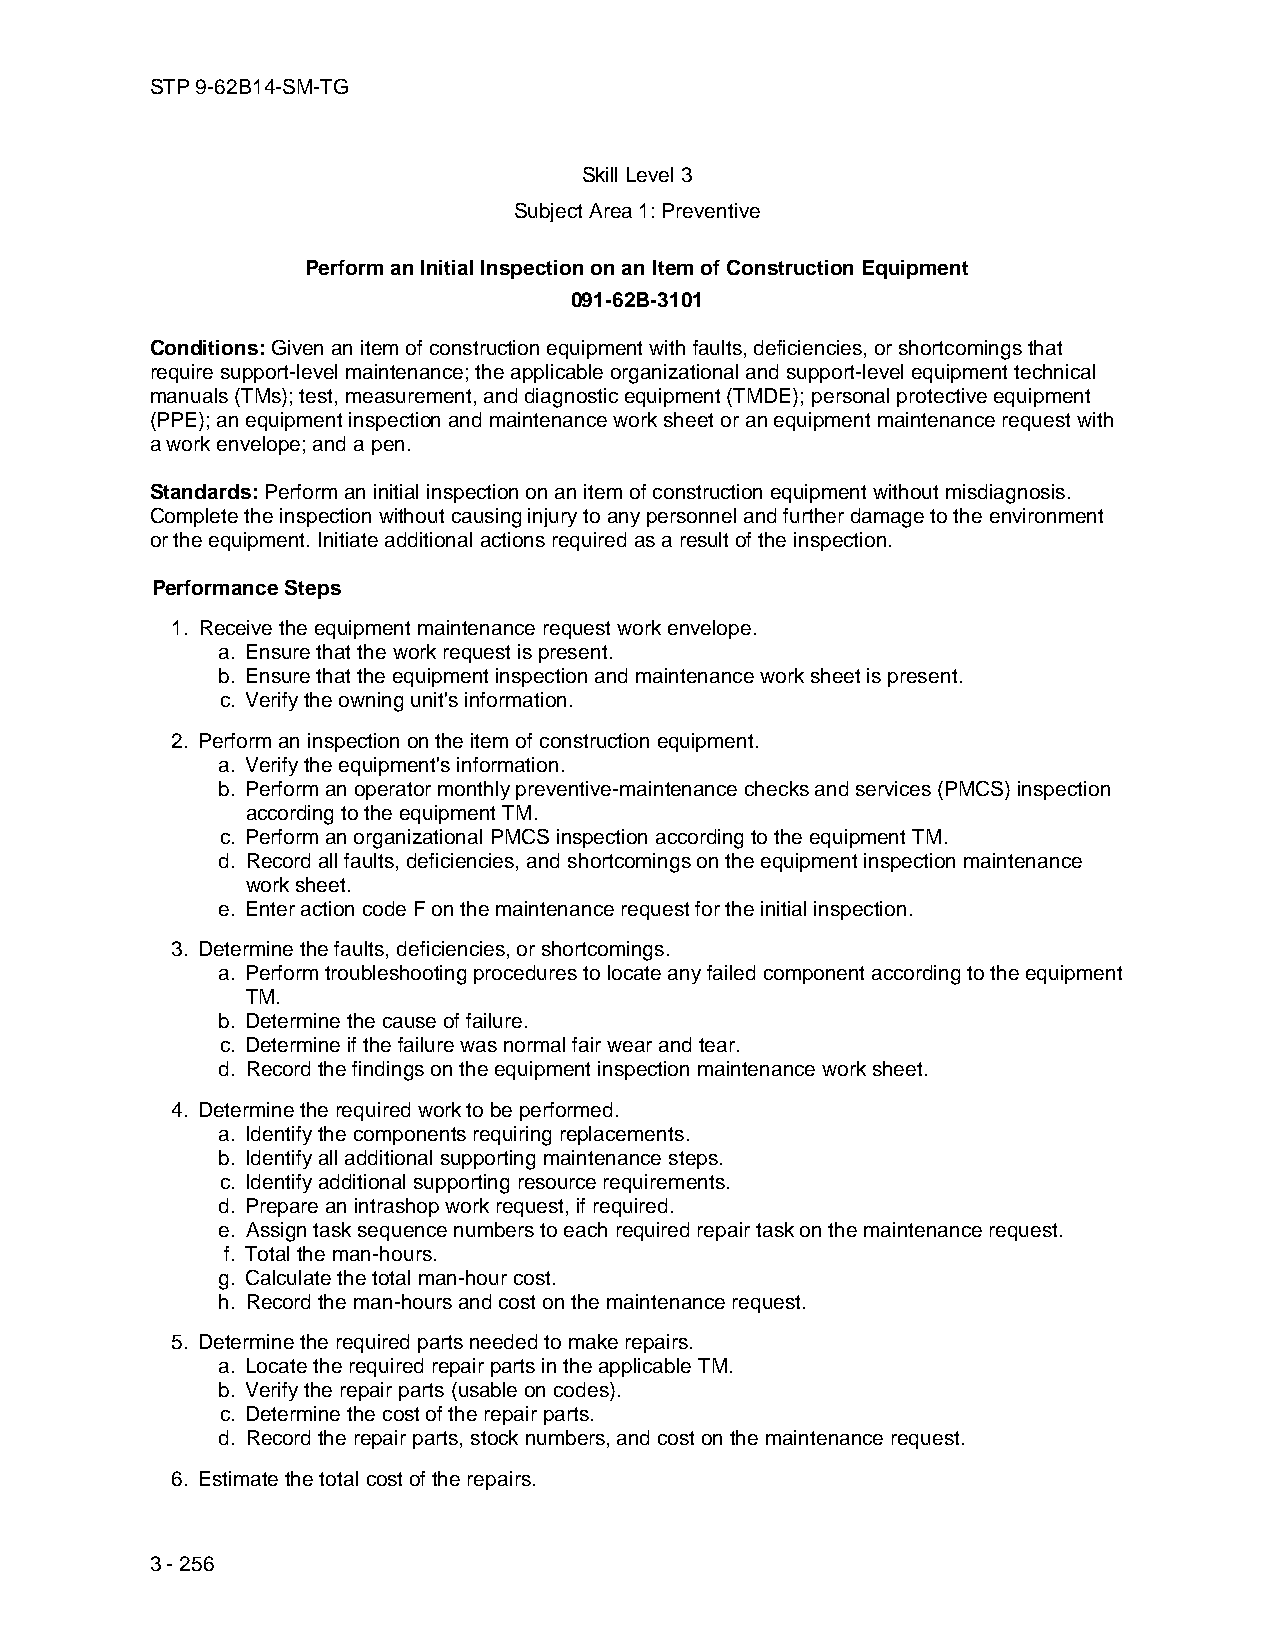
STP 9-62B14-SM-TG
 Skill Level 3
 Subject Area 1: Preventive
 Perform an Initial Inspection on an Item of Construction Equipment
 091-62B-3101
 Conditions: Given an item of construction equipment with faults, deficiencies, or shortcomings that
 require support-level maintenance; the applicable organizational and support-level equipment technical
 manuals (TMs); test, measurement, and diagnostic equipment (TMDE); personal protective equipment
 (PPE); an equipment inspection and maintenance work sheet or an equipment maintenance request with
 a work envelope; and a pen.
 Standards: Perform an initial inspection on an item of construction equipment without misdiagnosis.
 Complete the inspection without causing injury to any personnel and further damage to the environment
 or the equipment. Initiate additional actions required as a result of the inspection.
 Performance Steps
 1. Receive the equipment maintenance request work envelope.
 a. Ensure that the work request is present.
 b. Ensure that the equipment inspection and maintenance work sheet is present.
 c. Verify the owning unit's information.
 2. Perform an inspection on the item of construction equipment.
 a. Verify the equipment's information.
 b. Perform an operator monthly preventive-maintenance checks and services (PMCS) inspection
 according to the equipment TM.
 c. Perform an organizational PMCS inspection according to the equipment TM.
 d. Record all faults, deficiencies, and shortcomings on the equipment inspection maintenance
 work sheet.
 e. Enter action code F on the maintenance request for the initial inspection.
 3. Determine the faults, deficiencies, or shortcomings.
 a. Perform troubleshooting procedures to locate any failed component according to the equipment
 TM.
 b. Determine the cause of failure.
 c. Determine if the failure was normal fair wear and tear.
 d. Record the findings on the equipment inspection maintenance work sheet.
 4. Determine the required work to be performed.
 a. Identify the components requiring replacements.
 b. Identify all additional supporting maintenance steps.
 c. Identify additional supporting resource requirements.
 d. Prepare an intrashop work request, if required.
 e. Assign task sequence numbers to each required repair task on the maintenance request.
 f. Total the man-hours.
 g. Calculate the total man-hour cost.
 h. Record the man-hours and cost on the maintenance request.
 5. Determine the required parts needed to make repairs.
 a. Locate the required repair parts in the applicable TM.
 b. Verify the repair parts (usable on codes).
 c. Determine the cost of the repair parts.
 d. Record the repair parts, stock numbers, and cost on the maintenance request.
 6. Estimate the total cost of the repairs.
 3 - 256